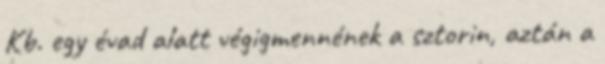
Kb. egy évad alatt végigmennének a sztorin, aztán a